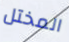
المختل